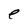
Character: e